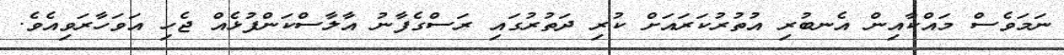
ނަމަވެސް މައްކާއިން އެނބުރި އުތުރުކަރައަށް ކުރި ދަތުރުގައި ރަސްގެފާނު އާލާސްކަންފުޅެއް ޖެހި އަވަހާރަވިއެވެ.